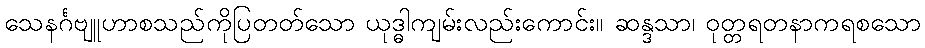
သေနင်္ဂဗျူဟာစသည်ကိုပြတတ်သော ယုဒ္ဓါကျမ်းလည်းကောင်း။ ဆန္ဒသာ၊ ဝုတ္တရတနာကရစသော